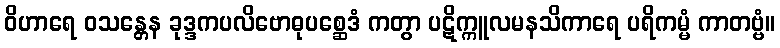
ဝိဟာရေ ဝသန္တေန ခုဒ္ဒကပလိဗောဓုပစ္ဆေဒံ ကတွာ ပဋိက္ကူလမနသိကာရေ ပရိကမ္မံ ကာတဗ္ဗံ။